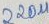
Text: 220u